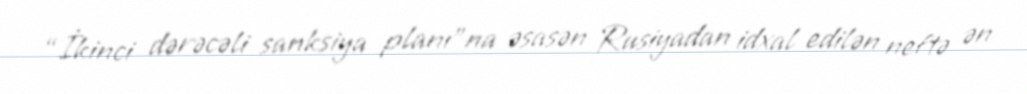
“İkinci dərəcəli sanksiya planı”na əsasən Rusiyadan idxal edilən neftə ən